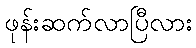
ဖုန်းဆက်လာပြီလား